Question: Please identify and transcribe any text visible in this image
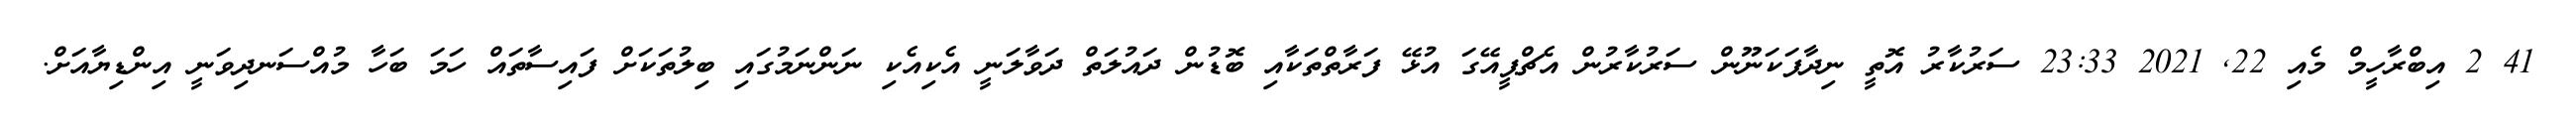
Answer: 41 2 އިބްރާހީމް މެއި 22, 2021 23:33 ސަރުކާރު އޮތީ ނިދާފަކަނޫން ސަރުކާރުން އެޗްޕީއޭގަ އުޅޭ ފަރާތްތަކާއި ބޮޑުން ދައުލަތް ދަވާލަނީ އެކިއެކި ނަންނަމުގައި ބިލުތަކަށް ފައިސާތައް ހަމަ ބަހާ މުއްސަނދިވަނީ އިންޑިޔާއަށް.